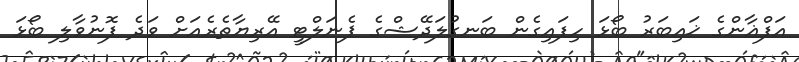
އަފްޣާންގެ ޚައިބަރު ބޯޅަ ހިފައިގެން ބަނގުލަދޭޝްގެ ޕެނަލްޓީ އޭރިޔާތެރެއަށް ވަދެ ފޮނުވާލި ބޯޅަ